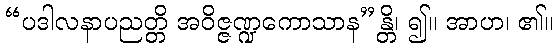
“ပဒါလနာပညတ္တိ အဝိဇ္ဇဏ္ဍကောသာန”န္တိ၊ ၍။ အာဟ၊ ၏။